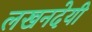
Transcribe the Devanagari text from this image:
लखनदेयी